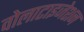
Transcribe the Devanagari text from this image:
वोलाटाइजेशन